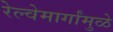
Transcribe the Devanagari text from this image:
रेल्वेमार्गांमुळे